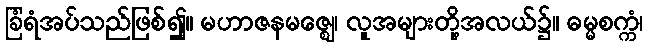
ခြံရံအပ်သည်ဖြစ်၍။ မဟာဇနမဇ္ဈေ၊ လူအများတို့အလယ်၌။ ဓမ္မစက္ကံ၊